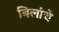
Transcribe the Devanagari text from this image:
बिलांचे